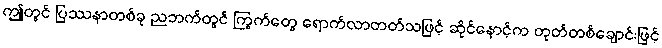
ဤတွင် ပြဿနာတစ်ခု ညဘက်တွင် ကြွက်တွေ ရောက်လာတတ်သဖြင့် ဆိုင်နောင့်က တုတ်တစ်ချောင်းဖြင့်